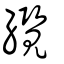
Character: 纜